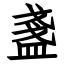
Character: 盞